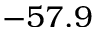
- 5 7 . 9